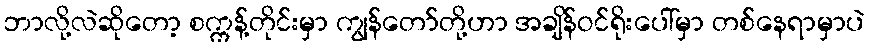
ဘာလို့လဲဆိုတော့ စက္ကန့်တိုင်းမှာ ကျွန်တော်တို့ဟာ အချိန်ဝင်ရိုးပေါ်မှာ တစ်နေရာမှာပဲ